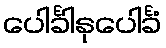
ပေါင်္ခါနုပေါင်္ခံ